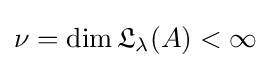
\nu =\dim {\mathfrak {L}}_{\lambda }(A)<\infty